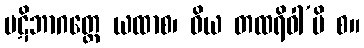
ပဋိဘာဂတ္ထေ ယထာစ၊ ဝိယ တထရိဝါ’ပိ စ။